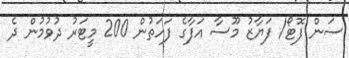
ސަން ފޮޓޯ/ ފަޔާޒު މޫސާ އަފާގެ ފަހަތުން 200 މީޓަރު ދުވުމުން ދެ